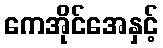
ကေအိုင်အေနှင့်